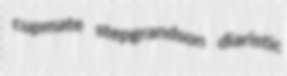
cupmate stepgrandson diaristic